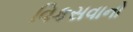
વિકસવાનો